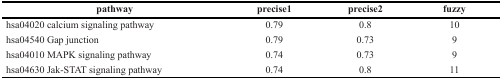
<table><thead><tr><td><b>pathway</b></td><td><b>precise1</b></td><td><b>precise2</b></td><td><b>fuzzy</b></td></tr></thead><tbody><tr><td>hsa04020 calcium signaling pathway</td><td>0.79</td><td>0.8</td><td>10</td></tr><tr><td>hsa04540 Gap junction</td><td>0.79</td><td>0.73</td><td>9</td></tr><tr><td>hsa04010 MAPK signaling pathway</td><td>0.74</td><td>0.73</td><td>9</td></tr><tr><td>hsa04630 Jak-STAT signaling pathway</td><td>0.74</td><td>0.8</td><td>11</td></tr></tbody></table>